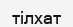
тілхат